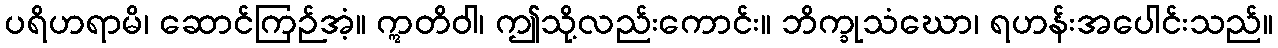
ပရိဟရာမိ၊ ဆောင်ကြဉ်အံ့။ ဣတိဝါ၊ ဤသို့လည်းကောင်း။ ဘိက္ခုသံဃော၊ ရဟန်းအပေါင်းသည်။